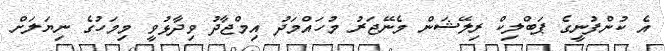
އެ ކުންފުނީގެ ޕަބްލިކް ރިލޭޝަން މެނޭޖަރު މުހައްމަދު އިމްޖާދު ވިދާޅުވީ މިމަހުގެ ނިޔަލަށް